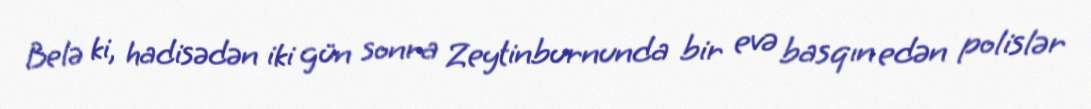
Belə ki, hadisədən iki gün sonra Zeytinburnunda bir evə basqın edən polislər